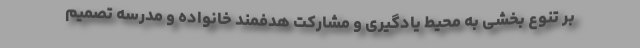
بر تنوع بخشی به محیط یادگیری و مشارکت هدفمند خانواده و مدرسه تصمیم